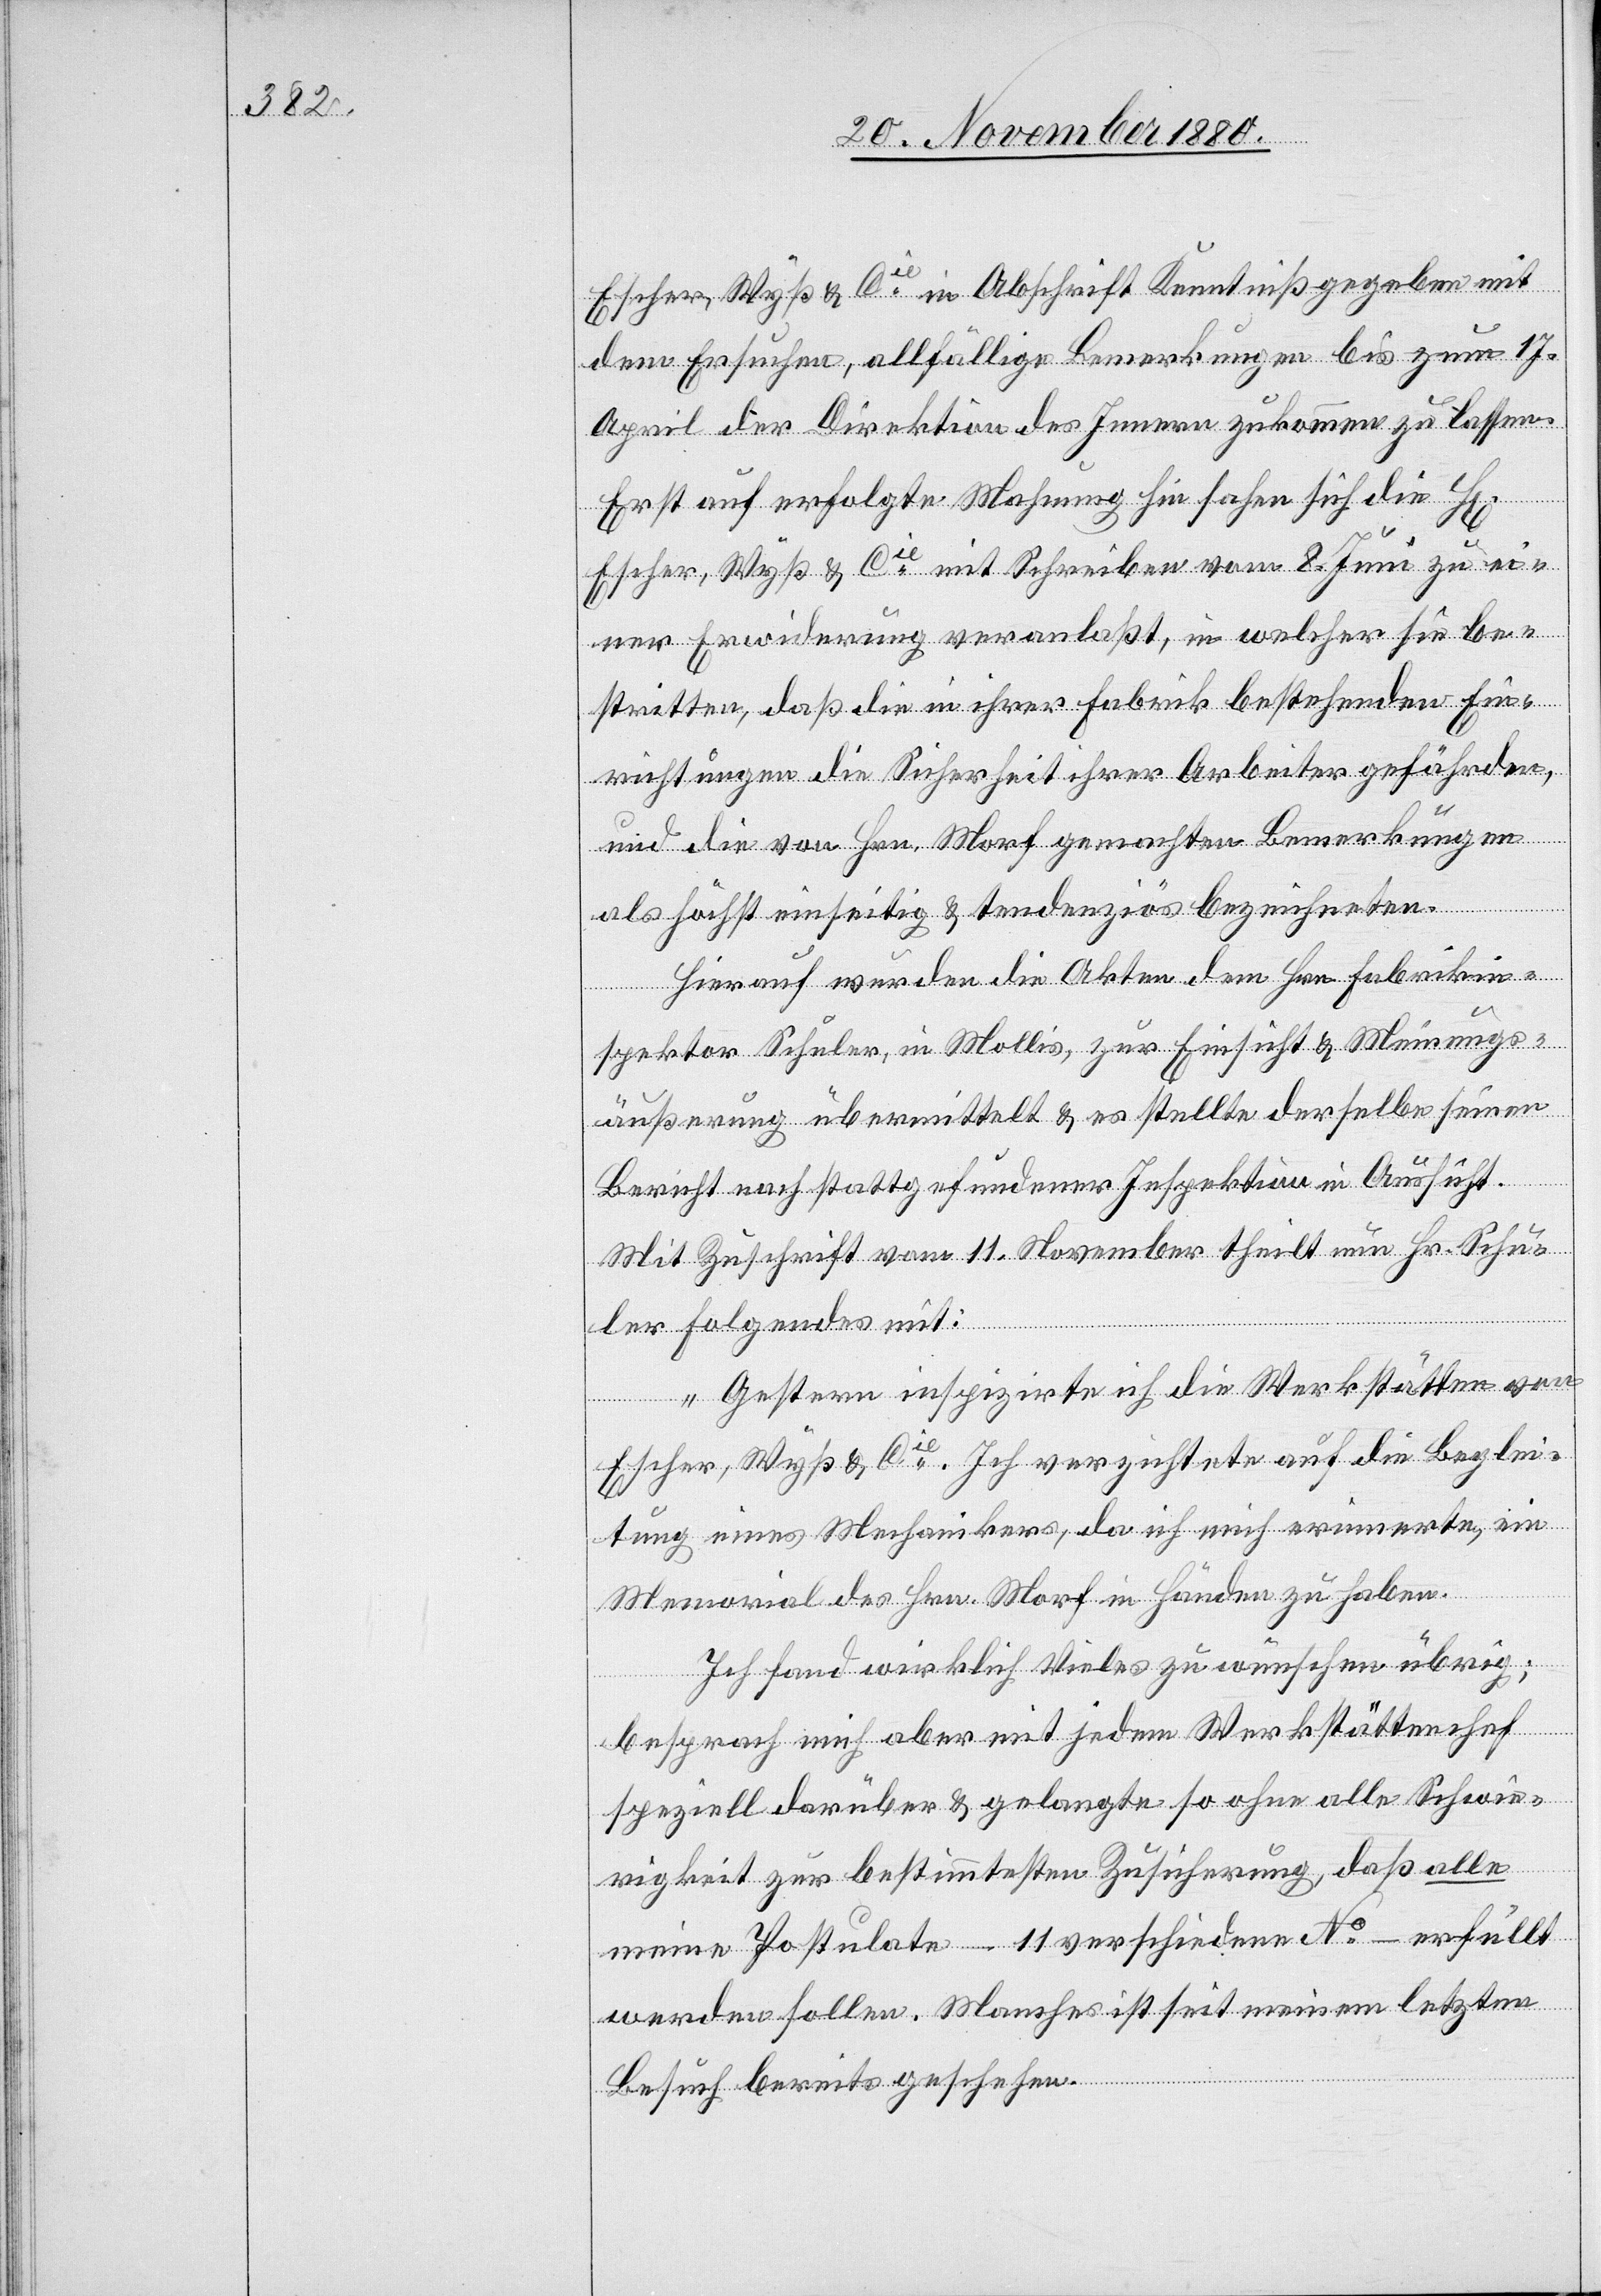
Escher, Wyß & Cie in Abschrift Kenntniß gegeben mit
dem Ersuchen, allfällige Bemerkungen bis zum 17.
April der Direktion des Innern zukommen zu lassen.
Erst auf erfolgte Mahnung hin sahen sich die H[erren]
Escher, Wyß & Cie mit Schreiben vom 8. Juni zu ei¬
ner Erwiderung veranlaßt, in welcher sie be¬
stritten, daß die in ihrer Fabrik bestehenden Ein¬
richtungen die Sicherheit ihrer Arbeiter gefährden,
und die von Hrn. Morf gemachten Bemerkungen
als höchst einseitig & tendenziös bezeichneten.
Hierauf wurden die Akten dem Hrn. Fabrikin¬
spektor Schuler, in Mollis, zur Einsicht & Meinungs¬
äußerung übermittelt & es stellte derselbe seinen
Bericht nach stattgefundener Inspektion in Aussicht.
Mit Zuschrift vom 11. November theilt nun Hr. Schu¬
ler Folgendes mit:
„Gestern inspizirte ich die Werkstätten von
Escher, Wyß & Cie. Ich verzichtete auf die Beglei¬
tung eines Mechanikers, da ich mich erinnerte, ein
Memorial des Hrn. Morf in Händen zu haben.
Ich fand wirklich Vieles zu wünschen übrig;
besprach mich aber mit jedem Werkstättenchef
speziell darüber & gelangte so ohne alle Schwie¬
rigkeit zur bestimmtesten Zusicherung, daß alle
meine Postulate – 11 verschiedene No – erfüllt
werden sollen. Manches ist seit meinem letzten
Besuch bereits geschehen.